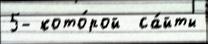
5- кото́рой  са́йты